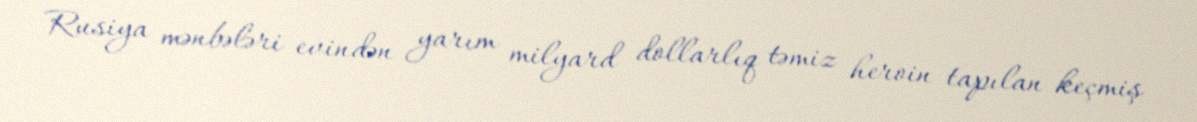
Rusiya mənbələri evindən yarım milyard dollarlıq təmiz heroin tapılan keçmiş